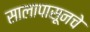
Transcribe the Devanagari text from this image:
सालापासूनचे